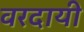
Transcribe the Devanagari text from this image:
वरदायी